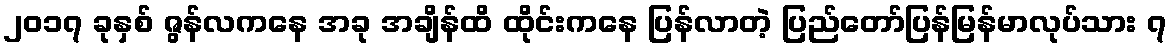
၂၀၁၇ ခုနှစ် ဇွန်လကနေ အခု အချိန်ထိ ထိုင်းကနေ ပြန်လာတဲ့ ပြည်တော်ပြန်မြန်မာလုပ်သား ၇